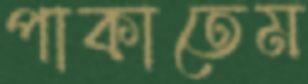
পাকাতেম